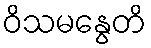
ဝိသမနွေတိ